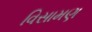
વિસામણ